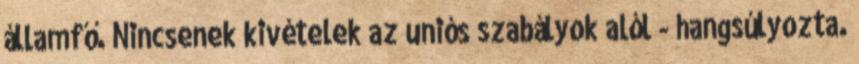
államfő. Nincsenek kivételek az uniós szabályok alól - hangsúlyozta.